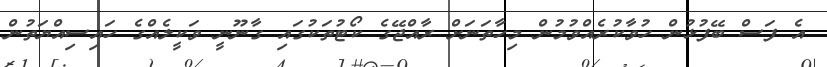
އެ ފަސް ބޭފުޅުން ހުވާކުރެއްވުމުން މިހާތަނަށް ރާއްޖޭގެ ކޯޓުތަކުގައި ގާނޫނީ ވަކީލެއްގެ ހައިސިއްޔަތުން